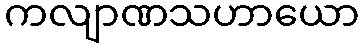
ကလျာဏသဟာယော